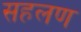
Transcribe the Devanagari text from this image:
सहलण